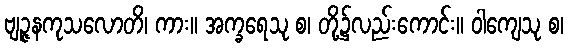
ဗျဉ္ဇနကုသလောတိ၊ ကား။ အက္ခရေသု စ၊ တို့၌လည်းကောင်း။ ဝါကျေသု စ၊